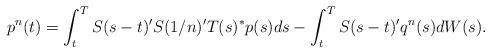
LaTeX: \begin{align*}p^n(t) = \int_t^T S(s-t)'S(1/n)'T(s)^*p(s)ds - \int_t^T S(s-t)'q^n(s)dW(s).\end{align*}